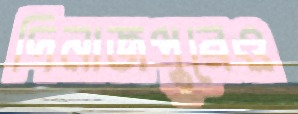
দিনাজপুরেও